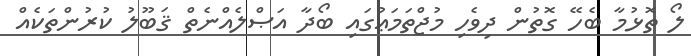
ލޯ ތޮޅުމާ ބެހޭ ގޮތުން ދިވެހި މުޖްތަމަޢުގައި ބޯދާ އަޞްލެއްނެތް ޤަބޫލު ކުރުންތަކެއް